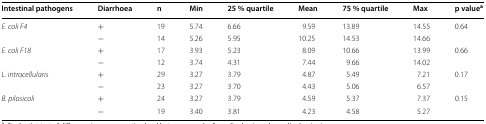
<table><thead><tr><td><b>Intestinal pathogens</b></td><td><b>Diarrhoea</b></td><td><b>n</b></td><td><b>Min</b></td><td><b>25 % quartile</b></td><td><b>Mean</b></td><td><b>75 % quartile</b></td><td><b>Max</b></td><td><b>p value<sup>a</sup></b></td></tr></thead><tbody><tr><td rowspan="2"><i>E. coli F4</i></td><td>+</td><td>19</td><td>5.74</td><td>6.66</td><td>9.59</td><td>13.89</td><td>14.55</td><td rowspan="2">0.64</td></tr><tr><td>−</td><td>14</td><td>5.26</td><td>5.95</td><td>10.25</td><td>14.53</td><td>14.66</td></tr><tr><td rowspan="2"><i>E. coli F18</i></td><td>+</td><td>17</td><td>3.93</td><td>5.23</td><td>8.09</td><td>10.66</td><td>13.99</td><td rowspan="2">0.66</td></tr><tr><td>−</td><td>12</td><td>3.74</td><td>4.31</td><td>7.44</td><td>9.66</td><td>14.02</td></tr><tr><td rowspan="2"><i>L. intracellularis</i></td><td>+</td><td>29</td><td>3.27</td><td>3.79</td><td>4.87</td><td>5.49</td><td>7.21</td><td rowspan="2">0.17</td></tr><tr><td>−</td><td>23</td><td>3.27</td><td>3.70</td><td>4.43</td><td>5.06</td><td>6.57</td></tr><tr><td rowspan="2"><i>B. pilosicoli</i></td><td>+</td><td>24</td><td>3.27</td><td>3.79</td><td>4.59</td><td>5.37</td><td>7.37</td><td rowspan="2">0.15</td></tr><tr><td>−</td><td>19</td><td>3.40</td><td>3.81</td><td>4.23</td><td>4.58</td><td>5.27</td></tr></tbody></table>